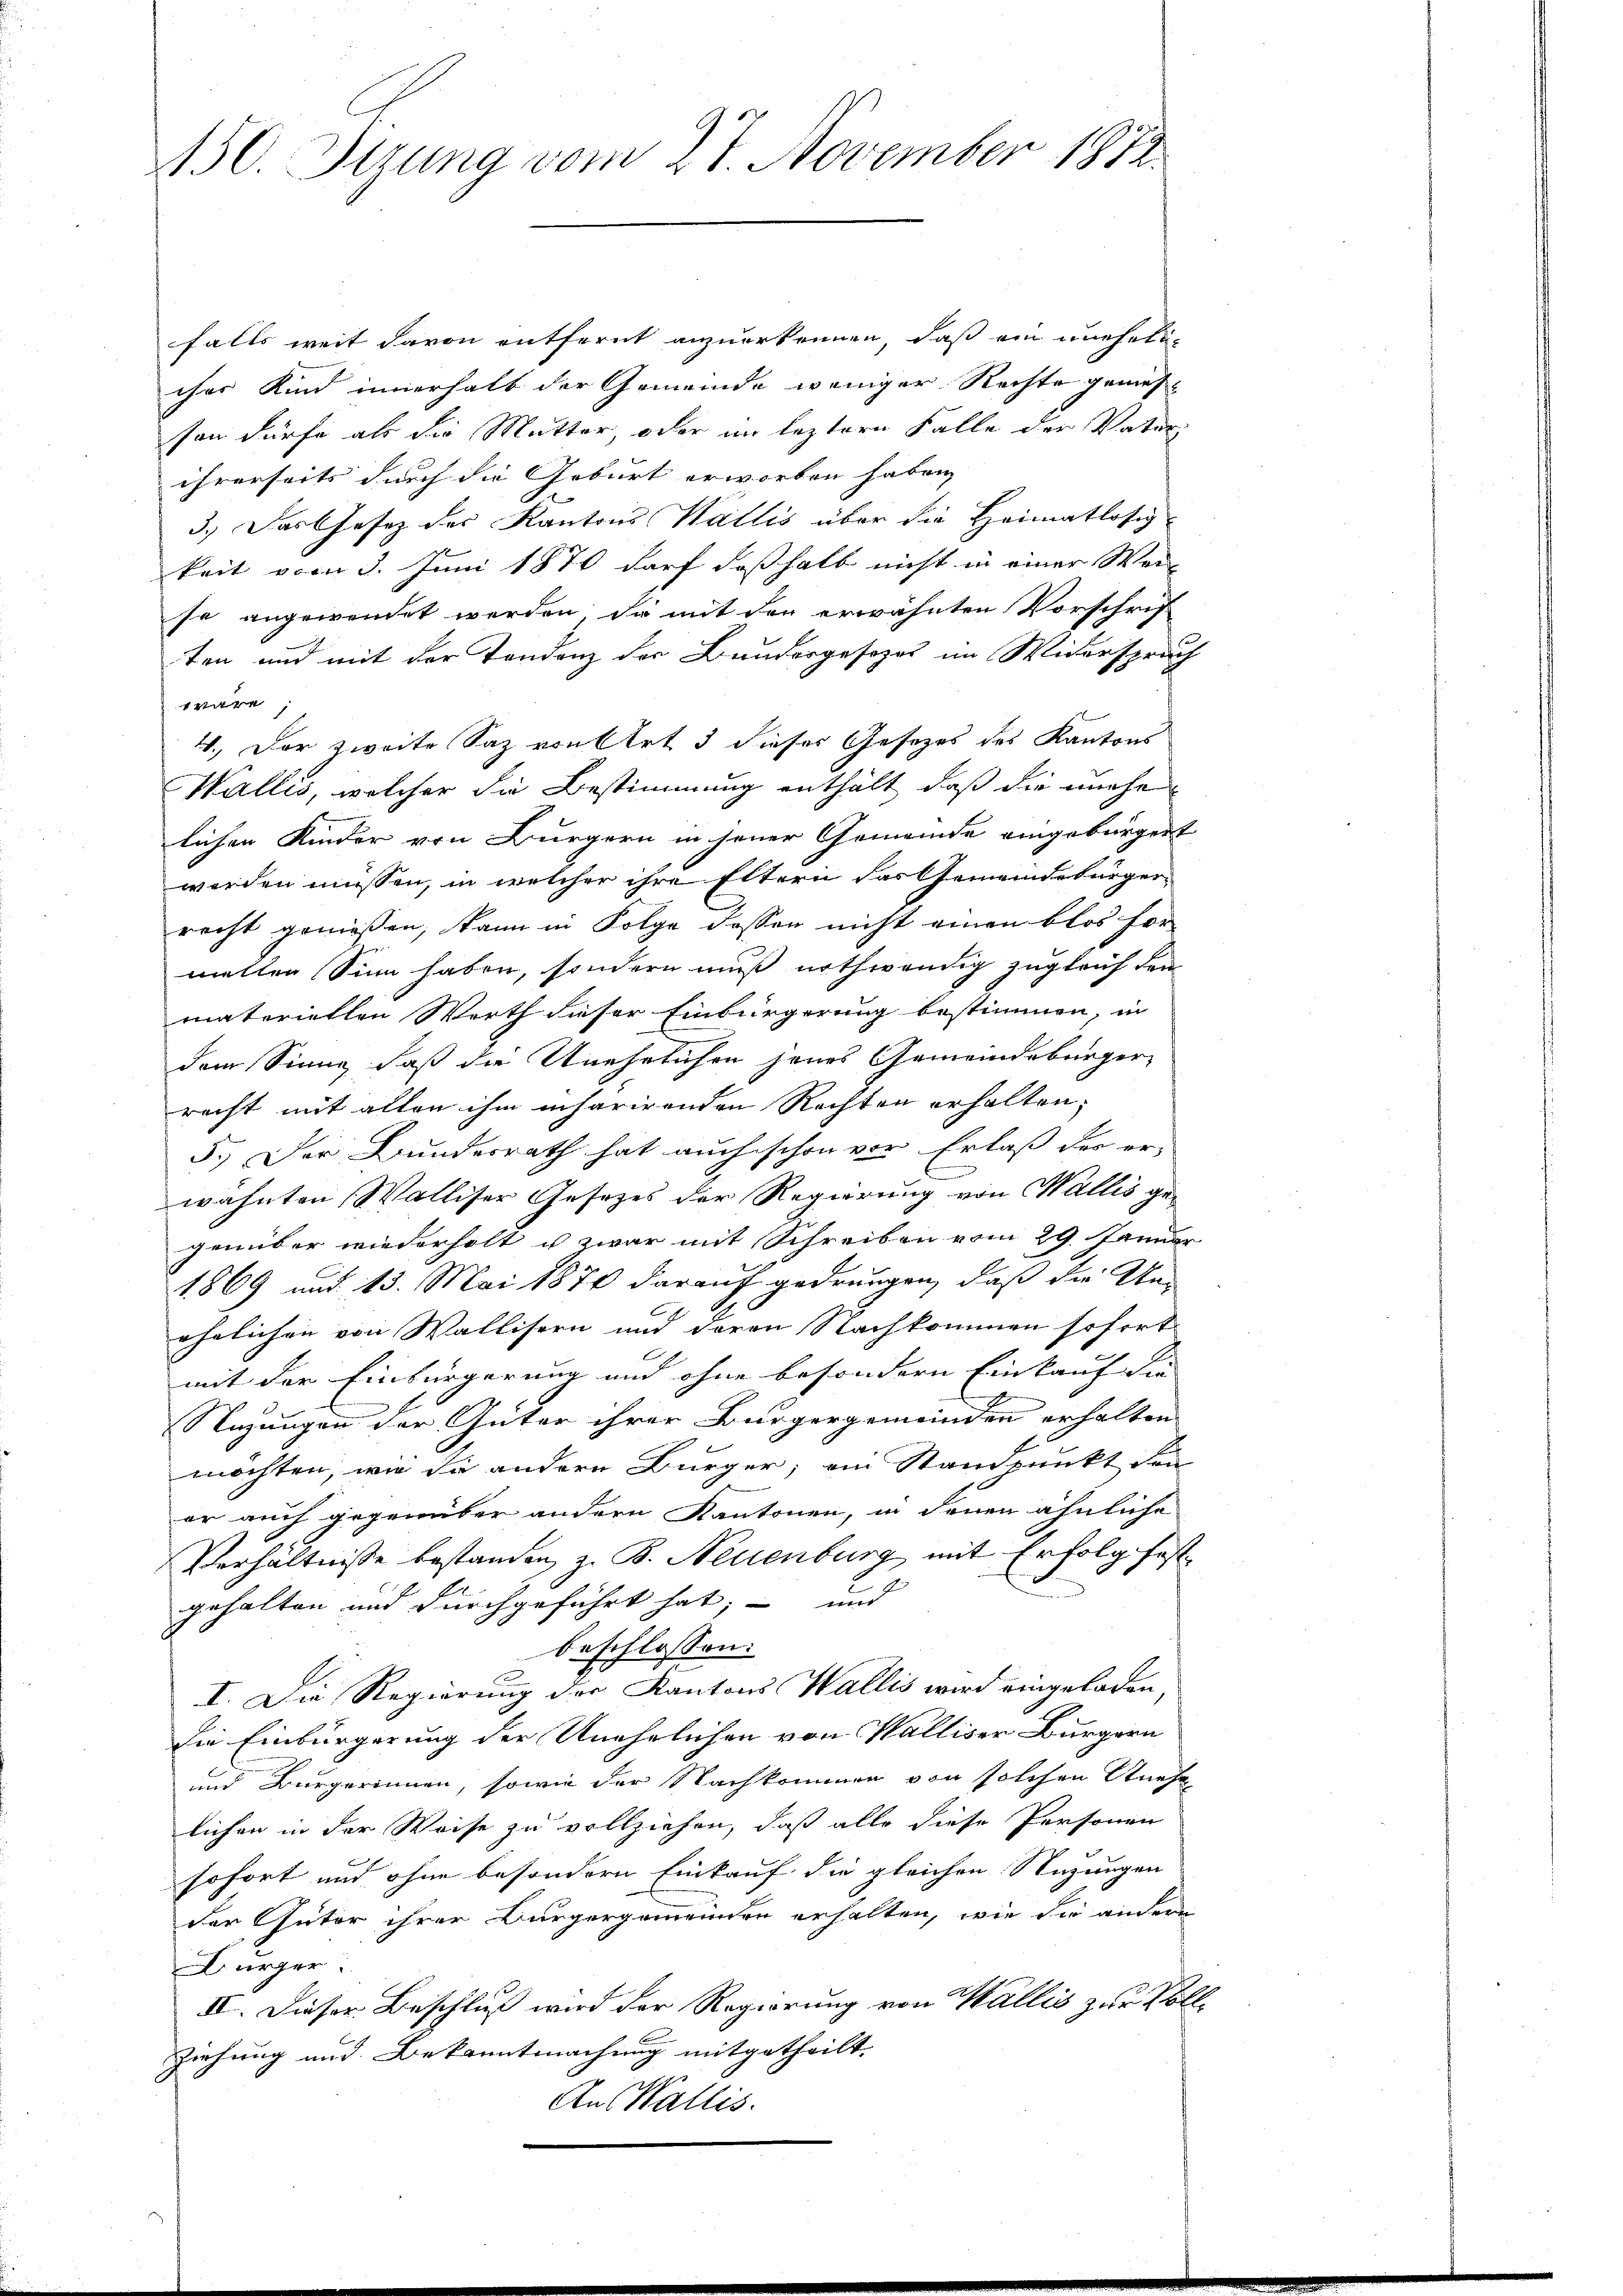
150. Sizung vom 27. November 1872

falls weit davon entfernt anzuerkennen, daß ein unehelicher Kind innerhalb der Gemeinde weniger Rechte gemes
son dürfe als die Mutter, oder im leztere Falle der Vater
ihrerseits durch die Geburt erworben haben,
3.) Das Gesetz des Kantons Wallis über die Heimatlosig-
keit von 8. Juni 1870 darf deßhalb nicht in einer Wei
se angewendet werden, die mit den erwähnten Vorschrif
ten und mit der Tondenz der Brudergesezet im Widerspruch
wäre;
4. Der zweite Saz von Art 3 dieses Gesezes des Kantons
Wallis, welcher die Bestimmung enthält, daß die unehe
lichen Kinder von Bürgern in jener Gemeinde eingebürgert
werden müssen, in welcher ihre Eltern das Gemeindebürger-
recht genoßen, kann in Folge dassen nicht einen blos for
mellen Sinn haben, sondern muß nothwendig zugleich den
materiellen Werth dieser Einbürgerung bestimmen, in
dem Sinne, daß die Unehelichen jenes Gemeindebürger-
recht mit alten ihm inharirenden Rechten erhalten,
5.) Der Bundesrath hat auch schon vor Erlaß der erwähnten Walliser Gesetzes der Regierung von Wallis gegenüber wiederholt u zwar mit Schreiben vom 29. Januar
1869 mit 13. Mai 1874 darauf gedrungen, daß die Unehelichen von Wallisern und deren Nachkommen sofort
mit der Einbürgerung und ohne besondern Einkauf die |
Stigungen der Güter ihrer Bürgergemeinden erhalten
möchten, wie die andern Bürger; ein Standpunkt den
er auch gegenüber andern Kantonen, in denen ähnliche
Verhältnisse bestanden, z. B. Neuenburg mit Erfolg fest
gehalten und durchgeführt hat; - und
beschlossen:
I. Die Regierung der Kantons Wallis wird eingeladen,
die Einbürgerung der Unehelichen von Walliser Bürgern
und Bürgerinnen, sowie der Nachkommen von solchen Unehe
lichen in der Weise zu vollziehen, daß alle diese Personen
sofort und ohne besondern Einkauf die gleichen Stizungen
der Guter ihrer Bürgergemeinden erhalten, wie die andere
Bürger:
II. Dieser Beschluß wird der Regierung von Wallis zur Poliziehung und Bekanntmachung mitgetheilt.
Aus Wallis.